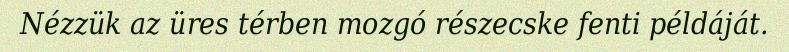
Nézzük az üres térben mozgó részecske fenti példáját.